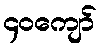
၄၀ကျော်